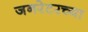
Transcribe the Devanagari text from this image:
जनरेटरच्या